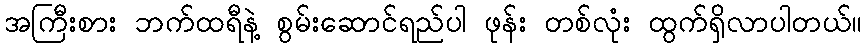
အကြီးစား ဘက်ထရီနဲ့ စွမ်းဆောင်ရည်ပါ ဖုန်း တစ်လုံး ထွက်ရှိလာပါတယ်။